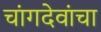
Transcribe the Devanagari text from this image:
चांगदेवांचा